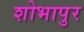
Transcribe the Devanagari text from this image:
शोभापुर